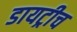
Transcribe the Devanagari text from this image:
डायट्रीच